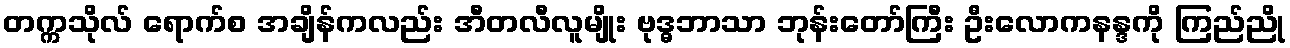
တက္ကသိုလ် ရောက်စ အချိန်ကလည်း အီတလီလူမျိုး ဗုဒ္ဓဘာသာ ဘုန်းတော်ကြီး ဦးလောကနန္ဒကို ကြည်ညို